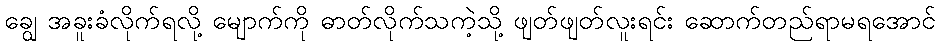
ချွေ အခူးခံလိုက်ရလို့ မျောက်ကို ဓာတ်လိုက်သကဲ့သို့ ဖျတ်ဖျတ်လူးရင်း ဆောက်တည်ရာမရအောင်